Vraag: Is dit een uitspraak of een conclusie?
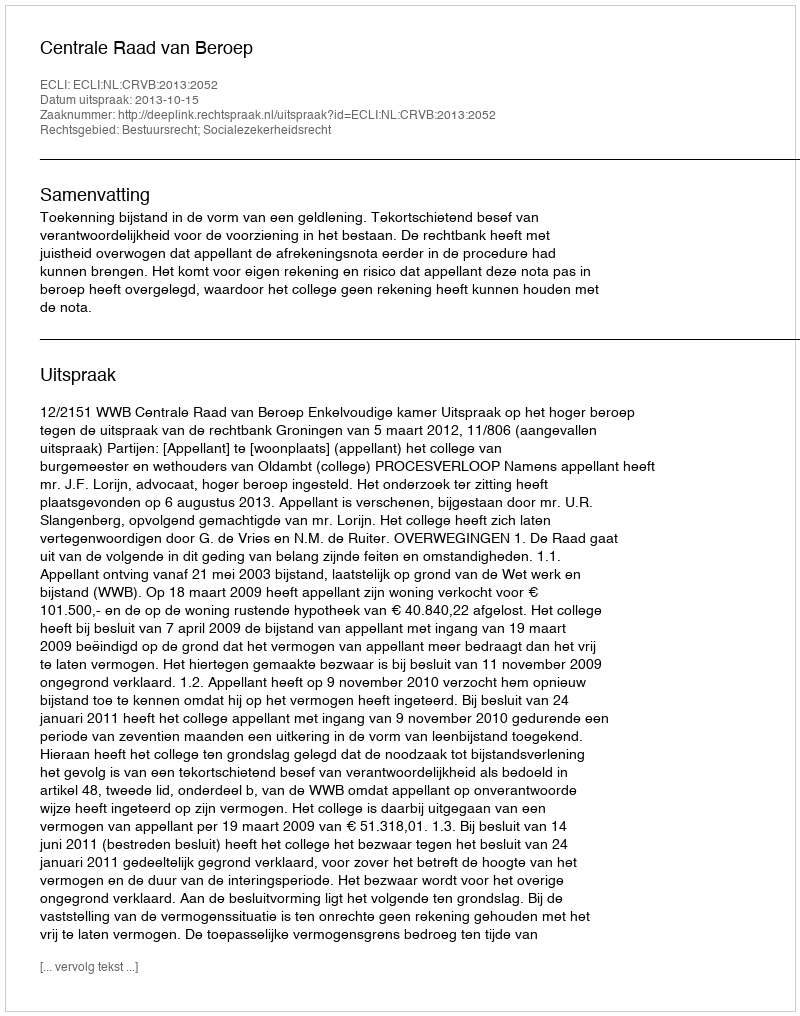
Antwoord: Uitspraak